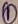
Text: 1